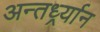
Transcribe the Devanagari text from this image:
अन्तर्ध्र्यान